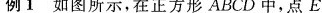
例1如图所示，在正方形ABCD中，点E